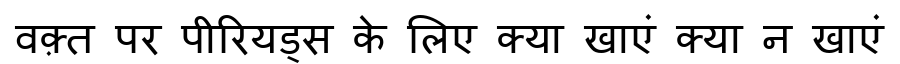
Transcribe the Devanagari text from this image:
वक़्त पर पीरियड्स के लिए क्या खाएं क्या न खाएं